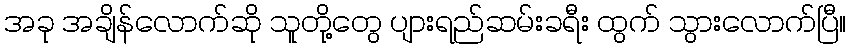
အခု အချိန်လောက်ဆို သူတို့တွေ ပျားရည်ဆမ်းခရီး ထွက် သွားလောက်ပြီ။